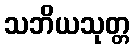
သဘိယသုတ္တ